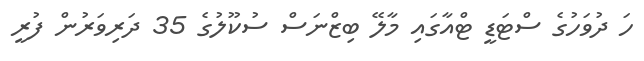
ހަ ދުވަހުގެ ސްޓަޑީ ޓްއާގައި މާލޭ ބިޒްނަސް ސުކޫލުގެ 35 ދަރިވަރުން ފުރީ